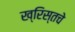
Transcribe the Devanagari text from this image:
ख्रिस्तचे